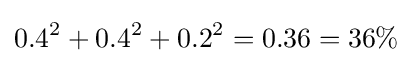
0.4^{2}+0.4^{2}+0.2^{2}=0.36=36\%